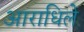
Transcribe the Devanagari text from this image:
आराधिले